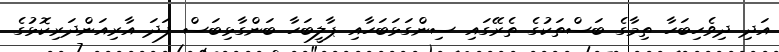
އަދި ދިވެހިބަހާ ތިމާގެ ބަސްތަކުގެ ތެރޭގައި ސިންގަޅަބަހާއި ޕާލީބަހާ ބަންގާޅިބަސް ފަދަ އާރިއަންދަރިކޮޅުގެ